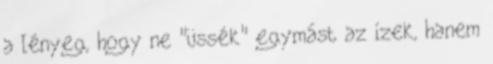
a lényeg, hogy ne "üssék" egymást az ízek, hanem